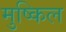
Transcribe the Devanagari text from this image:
मुष्किल